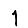
Digit: 1